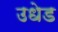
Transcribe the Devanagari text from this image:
उधेड